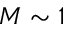
M \sim 1